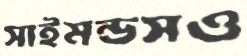
সাইমন্ডসও